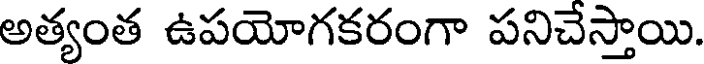
అత్యంత ఉపయోగకరంగా పనిచేస్తాయి.